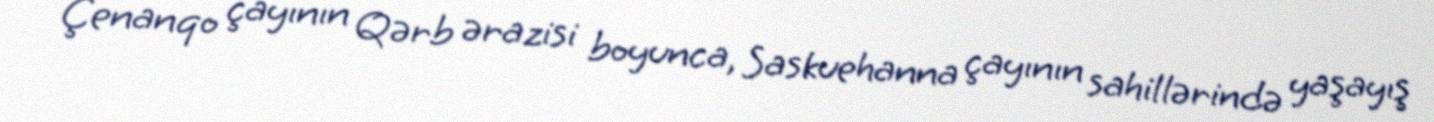
Çenanqo çayının Qərb ərazisi boyunca, Saskuehanna çayının sahillərində yaşayış